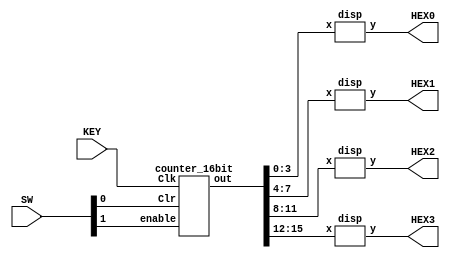
module part2(SW,KEY,HEX0,HEX1,HEX2,HEX3);
input[1:0] SW;
input [0:0] KEY;
output [6:0] HEX0,HEX1,HEX2,HEX3;
wire [15:0] q;

counter_16bit C0(SW[1],KEY[0],SW[0],q);
disp D0(q[3:0],HEX0);
disp D1(q[7:4],HEX1);
disp D2(q[11:8],HEX2);
disp D3(q[15:12],HEX3);
endmodule

module counter_16bit(enable,Clk,Clr,out);

input enable, Clk, Clr;
output [15:0] out;

reg [15:0] out;
always @(posedge Clk)
if (Clr) begin
  
out <= 16'b0 ;
end 
else if (enable) begin 
out <= out + 1;
end
endmodule 


module disp(x,y);

input [3:0] x;
output [6:0] y;

assign y[0]= (~(x[3]|x[1])&(x[2]^x[0]))|(x[3]&(~x[2])&(x[1])&x[0])|(x[3]&(x[2])&(~x[1])&x[0]);
assign y[1]= (~x[3]&x[2]&(x[1]^x[0]))|(x[3]&(~x[2])&(x[1])&x[0])|(x[3]&(x[2])&(~x[1])&(~x[0]))|(x[3]&(x[2])&(x[1])&(~x[0]))|(x[3]&(x[2])&(x[1])&x[0]);
assign y[2]= (~x[3]&~x[2]&x[1]&~x[0])|(x[3]&(x[2])&(~x[1])&(~x[0]))|(x[3]&(x[2])&(x[1])&(~x[0]))|(x[3]&(x[2])&(x[1])&x[0]);
assign y[3]= (~x[3]&~x[2]&~x[1]&x[0])|(~x[3]&x[2]&(~x[1])&(~x[0]))|(~x[3]&x[2]&x[1]&x[0])|(x[3]&(~x[2])&x[1]&(~(x[0])))|(x[3]&x[2]&x[1]&x[0]);
assign y[4]= ((~x[3])&(~x[2])&(~x[1])&x[0])|(~x[3]&(~x[2])&x[1]&(x[0]))|(~x[3]&x[2]&~x[1]&(~x[0]))|(~x[3]&(x[2])&(~x[1])&(x[0]))|(~x[3]&(x[2])&(x[1])&(x[0]))|(x[3]&(~x[2])&(~x[1])&(x[0]));
assign y[5]= (~x[3]&~x[2]&~x[1]&x[0])|(~x[3]&(~x[2])&x[1]&(~x[0]))|(~x[3]&(~x[2])&x[1]&x[0])|(~x[3]&x[2]&x[1]&x[0])|(x[3]&x[2]&(~x[1])&x[0]);
assign y[6]= (~x[3]&~x[2]&~x[1]&~x[0])|(~x[3]&(~x[2])&(~x[1])&x[0])|(~x[3]&x[2]&x[1]&x[0])|(x[3]&x[2]&(~x[1])&(~x[0]));

endmodule